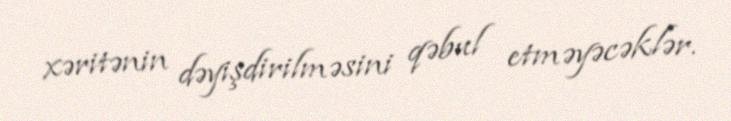
xəritənin dəyişdirilməsini qəbul etməyəcəklər.